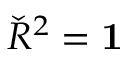
{ \check { R } } ^ { 2 } = \mathbf { 1 }